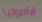
فاصوليا